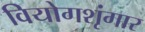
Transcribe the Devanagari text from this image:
वियोगशृंगार